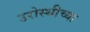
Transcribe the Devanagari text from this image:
उरोस्थीच्या